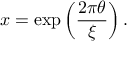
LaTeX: x = \exp \left( \frac { 2 \pi \theta } { \xi } \right) .